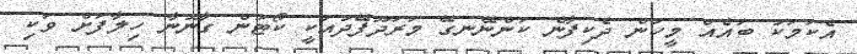
އެކަމަކު ބައެއް މީހުން ދެކިފާނެ ކަންނޭނގޭ މަރަދޫފޭދުއަކީ ކޯޓުން ގާނޫނާ ހިލާފަށް ވަކި